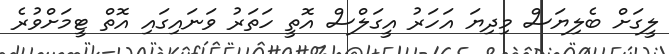
ލީގަށް ބެލިޔަސް މިދިޔަ އަހަރު އީގަލްސް އޮތީ ހަތަރު ވަނައިގައި އޮތް ޓީމަށްވުރެ